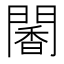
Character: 䦭